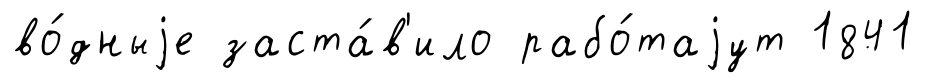
во́дныjе заста́в'ило рабо́таjут 1841